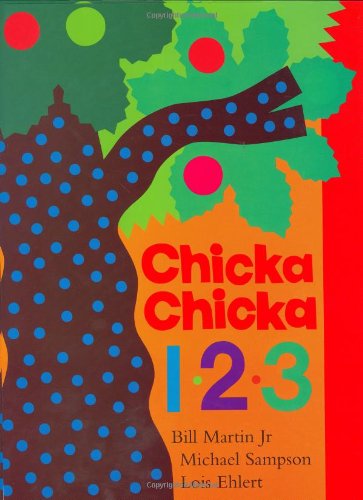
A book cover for Chicka Chicka 1, 2, 3; Bill Martin Jr.; Children's Books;